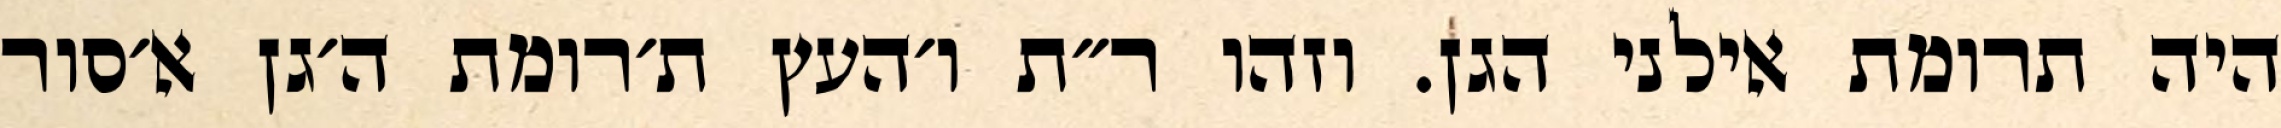
היה תרומת אילני הגן. וזהו ר״ת ו׳העץ ת׳רומת ה׳גן א׳סור